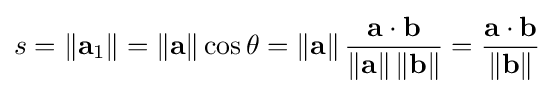
s=\left\|\mathbf {a} _{1}\right\|=\left\|\mathbf {a} \right\|\cos \theta =\left\|\mathbf {a} \right\|{\frac {\mathbf {a} \cdot \mathbf {b} }{\left\|\mathbf {a} \right\|\left\|\mathbf {b} \right\|}}={\frac {\mathbf {a} \cdot \mathbf {b} }{\left\|\mathbf {b} \right\|}}